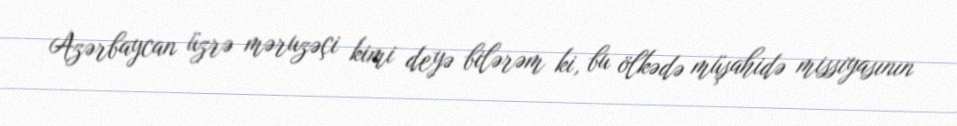
Azərbaycan üzrə məruzəçi kimi deyə bilərəm ki, bu ölkədə müşahidə missiyasının